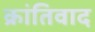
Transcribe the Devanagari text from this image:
क्रांतिवाद